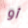
أو